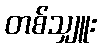
တစ်သျှူး